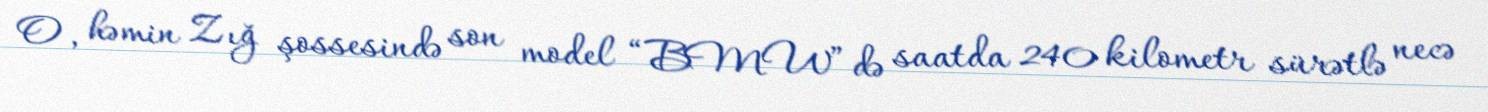
O, həmin Zığ şossesində son model “BMW”də saatda 240 kilometr sürətlə necə